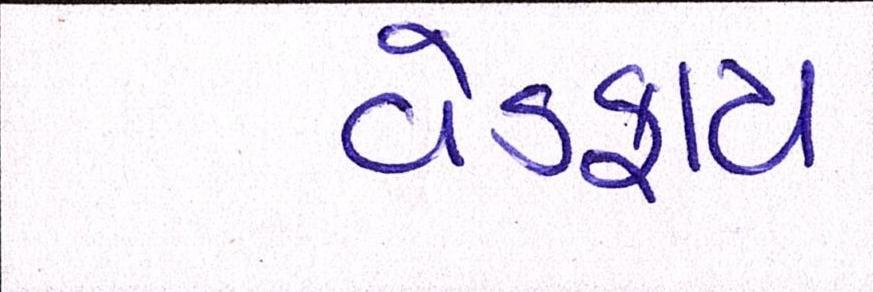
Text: વેડફાય